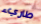
طاريء